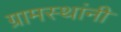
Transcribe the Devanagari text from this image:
ग्रामस्‍थांनी